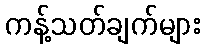
ကန့်သတ်ချက်များ